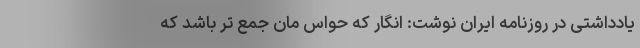
یادداشتی در روزنامه ایران نوشت: انگار که حواس مان جمع تر باشد که